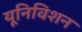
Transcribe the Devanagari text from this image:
यूनिविशन